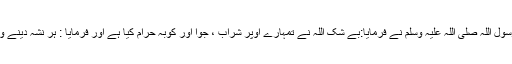
کل مسکر حرام’’رسول اللہ صلی اللہ علیہ وسلم نے فرمایا:بے شک اللہ نے تمہارے اوپر شراب ، جوا اور کُوبہ حرام کیا ہے اور فرمایا : ہر نشہ دینے والی چیز حرام ہے۔